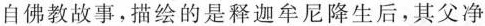
自佛教故事，描绘的是释迦牟尼降生后，其父净